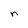
Character: n